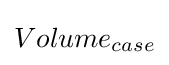
Volume_{case}